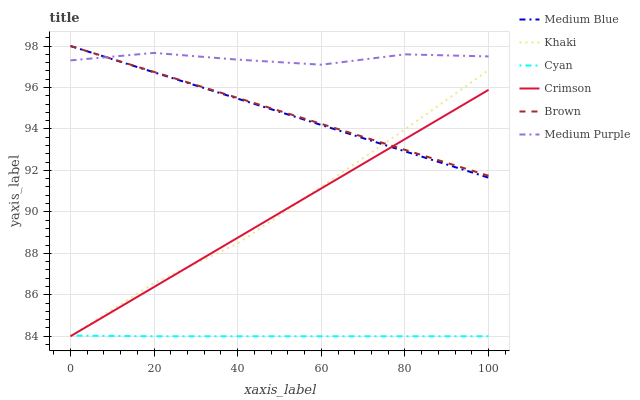
| xaxis_label | Medium Blue | Khaki | Cyan | Crimson | Brown | Medium Purple |
 | --- | --- | --- | --- | --- | --- | --- |
 | 0 | 98 | 84 | 84 | 84 | 98 | 97.3 |
 | 20 | 96.7 | 86.6 | 84 | 86.4 | 96.7 | 97.7 |
 | 40 | 95.5 | 88.5 | 84 | 88.8 | 95.5 | 97.3 |
 | 60 | 94.2 | 91.2 | 84 | 91.1 | 94.2 | 97.1 |
 | 80 | 92.9 | 94 | 84 | 93.5 | 93 | 97.6 |
 | 100 | 91.7 | 96.8 | 84 | 95.9 | 91.7 | 97.5 |